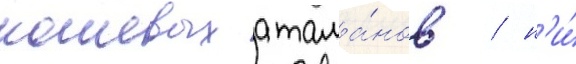
кошевых атама́нов / н'и́